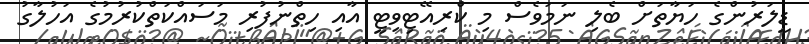
ޑީލަރުންގެ ހަޔާތަށް ބެލި ނަމަވެސް މި ކްރިއޭޓިވިޓީ އާއި ހިތްނުފުރި މަސައްކަތްކުރުމުގެ އަހުލާގު